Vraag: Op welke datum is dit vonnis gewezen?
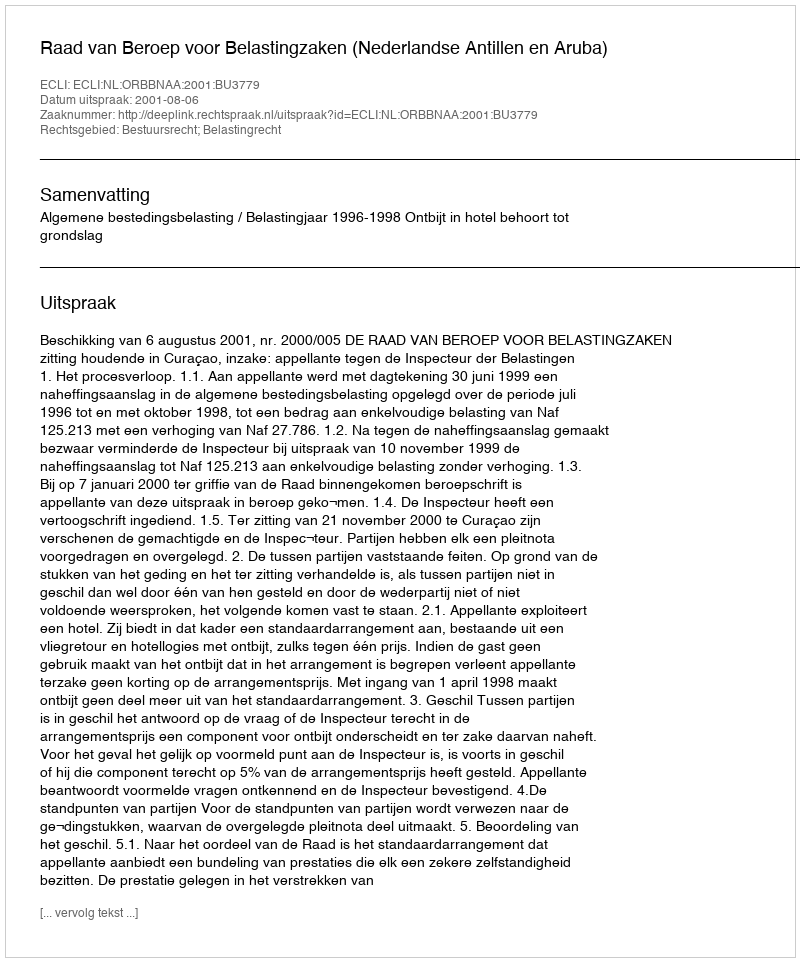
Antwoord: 2001-08-06